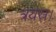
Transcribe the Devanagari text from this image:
त्रयस्र।